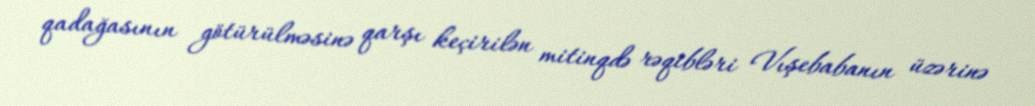
qadağasının götürülməsinə qarşı keçirilən mitinqdə rəqibləri Vışebabanın üzərinə